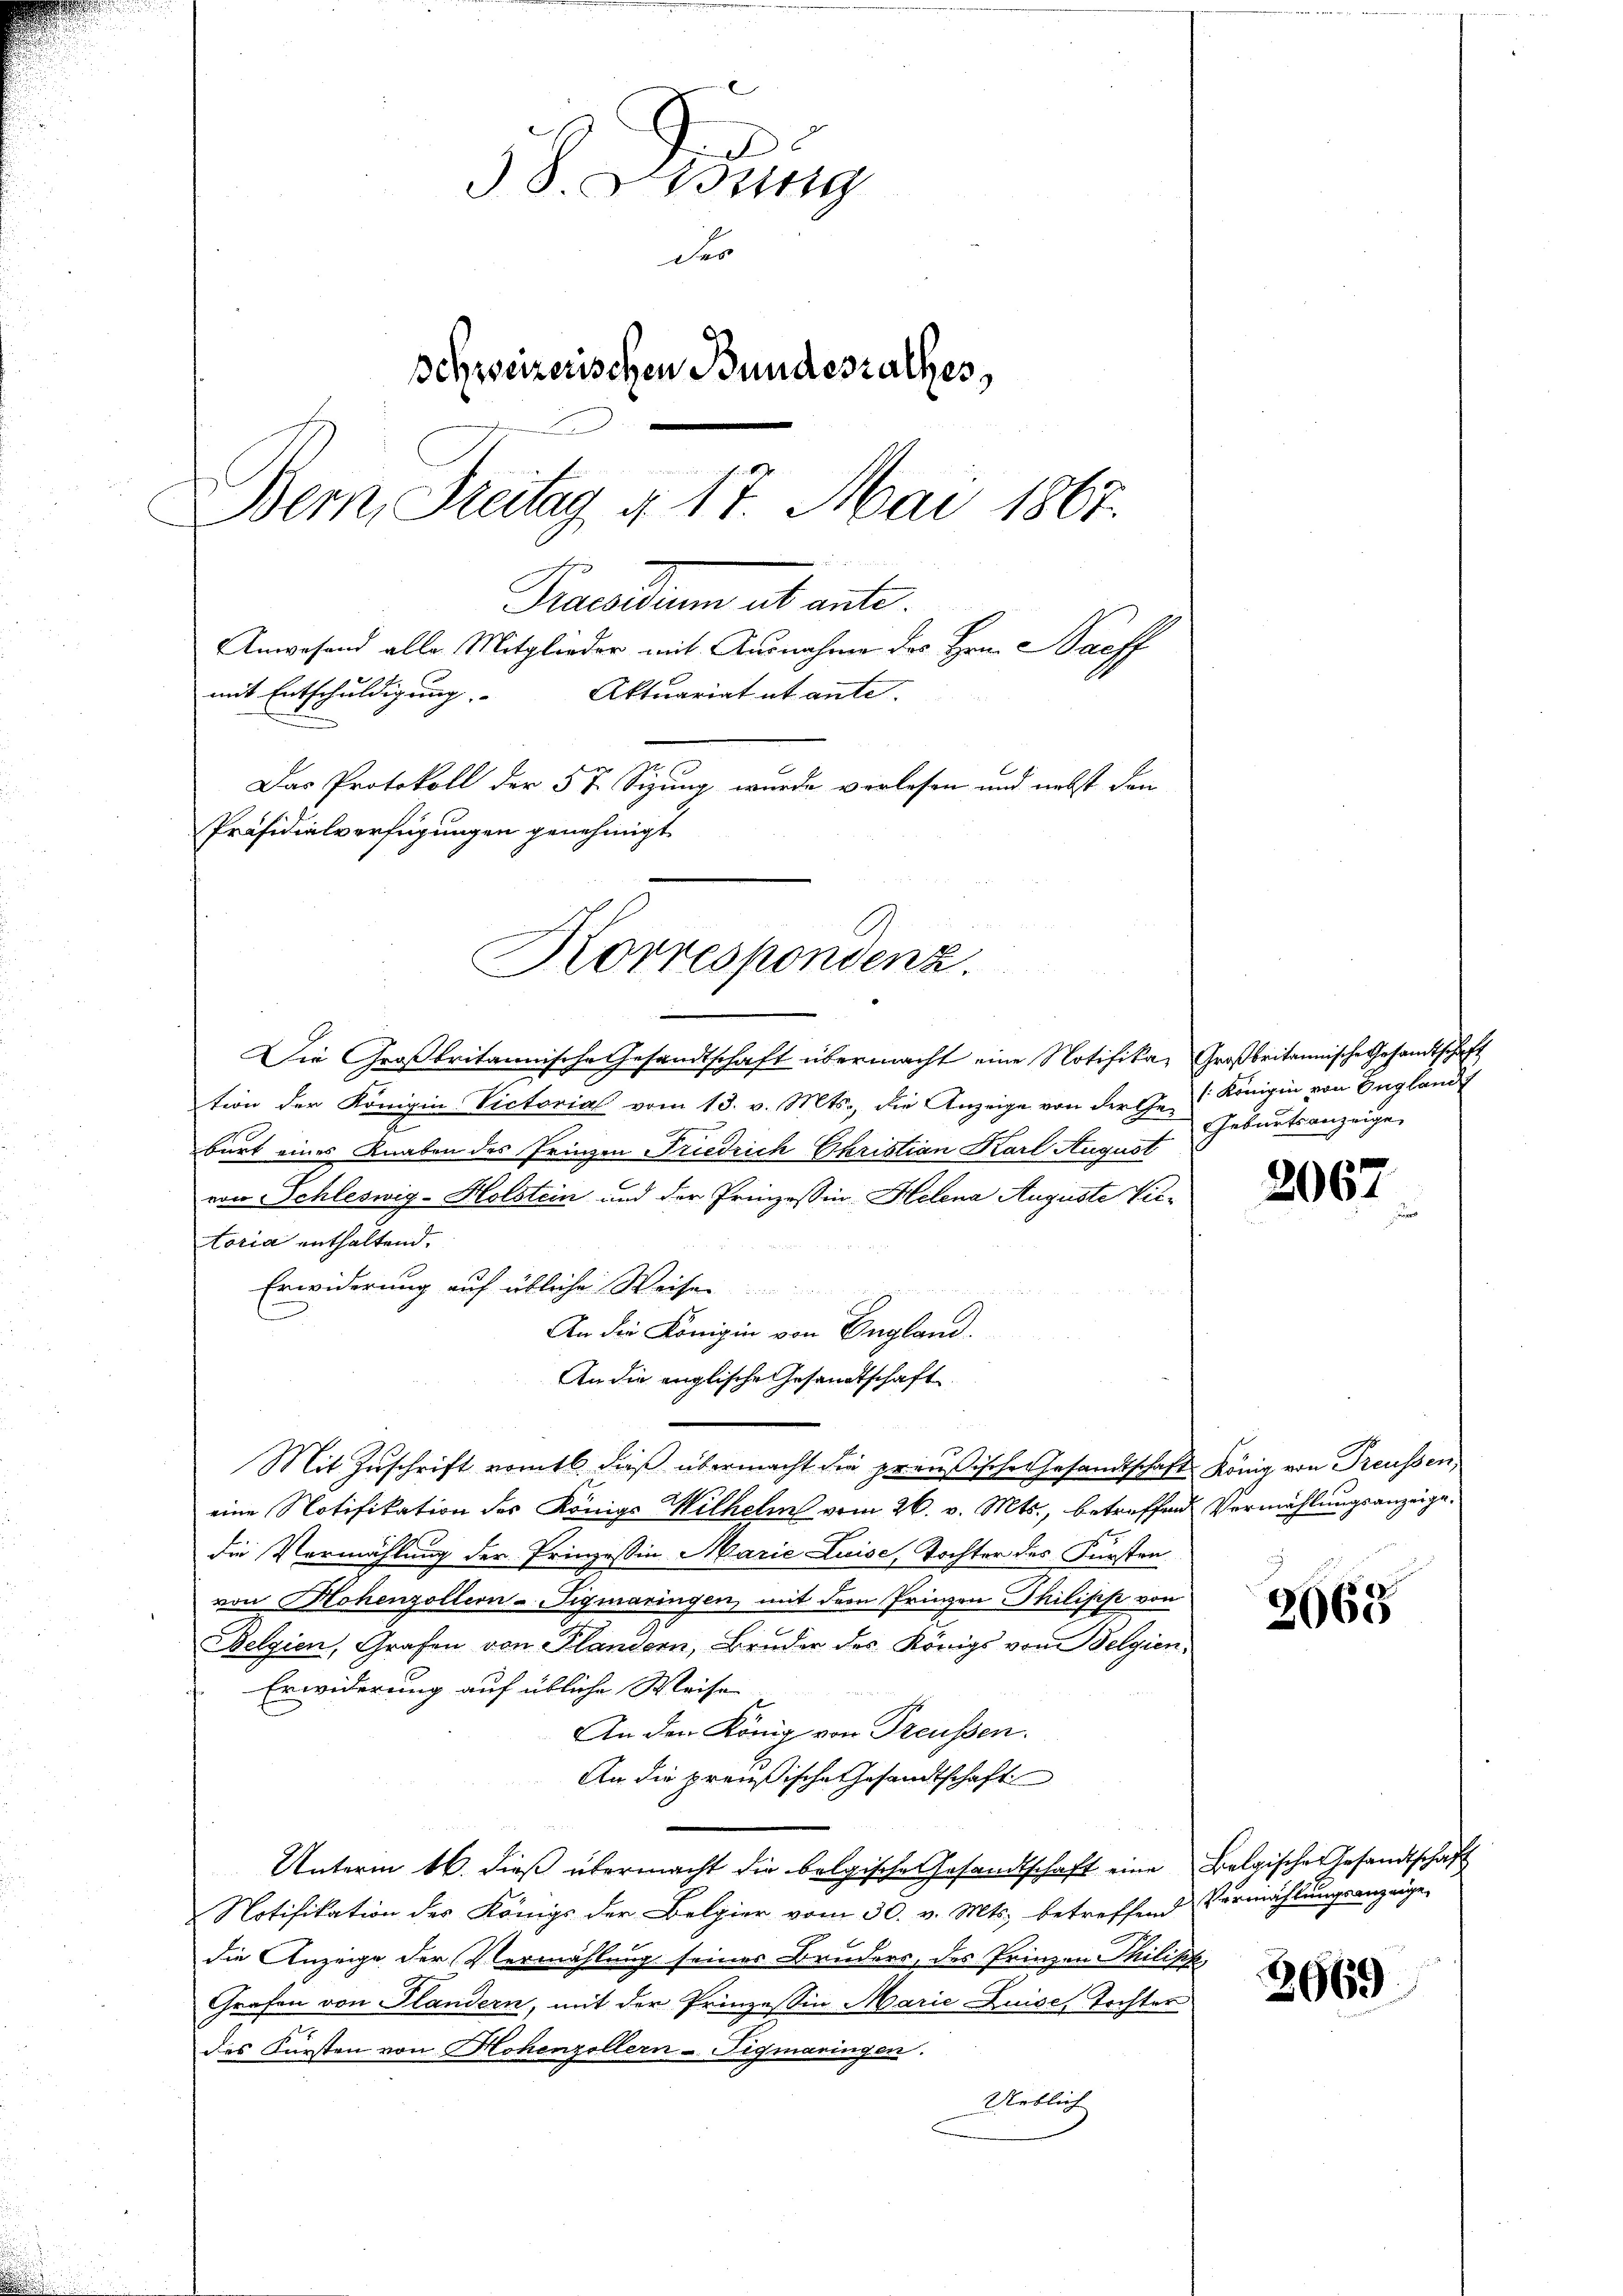
38. Wenig
Dero
schweizerischen Bundesrathes,
Bem, Freitag 4. 17. Mai 1867.
Praesum ab ante
Anwesend alle Mitglieder mit Ausnahme des Hrn. Saeff
mit Entschuldigung.
Aktuariat et ante.
Das Protokoll der 5 t. Sizung wurde verlesen und nebst den
Präsidialverfügungen genehmigt

Korrespondenz.

Die Großbritannische Gesandtschaft übermacht eine Notifika, Großbritannische Gesandtschaft
tion der Königin Victorial vom 13. v. Mts., die Anzeige von der Ehe Königin von Englandt
burt eines Knaben des Prinzen Friedrich Christian Karl August
von Schleswig-Holstein und der Prinzessin Helena Auguste Vitoria enthaltend.
Erwiderung auf übliche Weise
An die Königin von England.
An die englische Gesandtschaft
Mit Zuschrift vom 16. dieß übermacht die preußische Gesandtschaft König von Preußen
eine Notifikation des Königs Wilhelms vom 26. v. Mts., betreffend Vermählungsanzeigedie Vermählung der Prinzeßin Marie Luise, Tochter des Fürsten
von Hohenzollion-Figmaringen, mit dem Prinen Philipp von
Belgien, Grafen von Plandern, Bruder des Königs vom Selgien¬
Erwiderung auf übliche Weise
An den König von Treussen.
An die preußische Gesandtschaft
Unterm 16. dieß übermacht die belgische Gesandtschaft eine Belgische Gesandtschaft
Notifikation des Königs der Belgier vom 30. v. Mts. betreffend Vermählungsanzeige
die Anzeige der Vermählung seiner Bruders, des Prinzen Philisch,
Grafen von Plandern, mit der Prinzessin Marie Luise, Tochter
des Fürsten von Hohenzollern-Tigmaringen.
Ueblich

Geburtsanzeige

2067

2068

3669